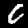
Label: 0